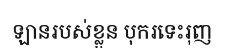
ឡានរបស់ខ្លួន បុករទេះរុញ